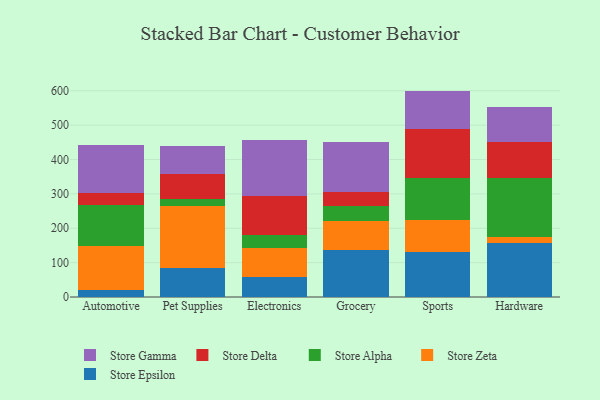
{"axis": {"x": "Category", "y": "Population (Million)"}, "legend": ["Store Alpha", "Store Delta", "Store Epsilon", "Store Gamma", "Store Zeta"], "data": [{"x": "Automotive", "y": 19.5, "type": "Store Epsilon"}, {"x": "Automotive", "y": 127.8, "type": "Store Zeta"}, {"x": "Automotive", "y": 119.3, "type": "Store Alpha"}, {"x": "Automotive", "y": 35.5, "type": "Store Delta"}, {"x": "Automotive", "y": 141.3, "type": "Store Gamma"}, {"x": "Pet Supplies", "y": 84.8, "type": "Store Epsilon"}, {"x": "Pet Supplies", "y": 179.4, "type": "Store Zeta"}, {"x": "Pet Supplies", "y": 21.4, "type": "Store Alpha"}, {"x": "Pet Supplies", "y": 70.9, "type": "Store Delta"}, {"x": "Pet Supplies", "y": 82.3, "type": "Store Gamma"}, {"x": "Electronics", "y": 57.0, "type": "Store Epsilon"}, {"x": "Electronics", "y": 86.9, "type": "Store Zeta"}, {"x": "Electronics", "y": 37.8, "type": "Store Alpha"}, {"x": "Electronics", "y": 112.1, "type": "Store Delta"}, {"x": "Electronics", "y": 161.6, "type": "Store Gamma"}, {"x": "Grocery", "y": 136.3, "type": "Store Epsilon"}, {"x": "Grocery", "y": 85.4, "type": "Store Zeta"}, {"x": "Grocery", "y": 43.2, "type": "Store Alpha"}, {"x": "Grocery", "y": 41.7, "type": "Store Delta"}, {"x": "Grocery", "y": 144.4, "type": "Store Gamma"}, {"x": "Sports", "y": 129.6, "type": "Store Epsilon"}, {"x": "Sports", "y": 93.2, "type": "Store Zeta"}, {"x": "Sports", "y": 124.1, "type": "Store Alpha"}, {"x": "Sports", "y": 142.1, "type": "Store Delta"}, {"x": "Sports", "y": 110.8, "type": "Store Gamma"}, {"x": "Hardware", "y": 157.6, "type": "Store Epsilon"}, {"x": "Hardware", "y": 17.6, "type": "Store Zeta"}, {"x": "Hardware", "y": 171.4, "type": "Store Alpha"}, {"x": "Hardware", "y": 105.5, "type": "Store Delta"}, {"x": "Hardware", "y": 100.2, "type": "Store Gamma"}]}